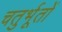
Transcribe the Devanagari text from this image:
चतुर्भूतों